Annual report of the Punjab Veterinary College and of the Civil Veterinary Department, Punjab - 1926-1932
Year: 1926
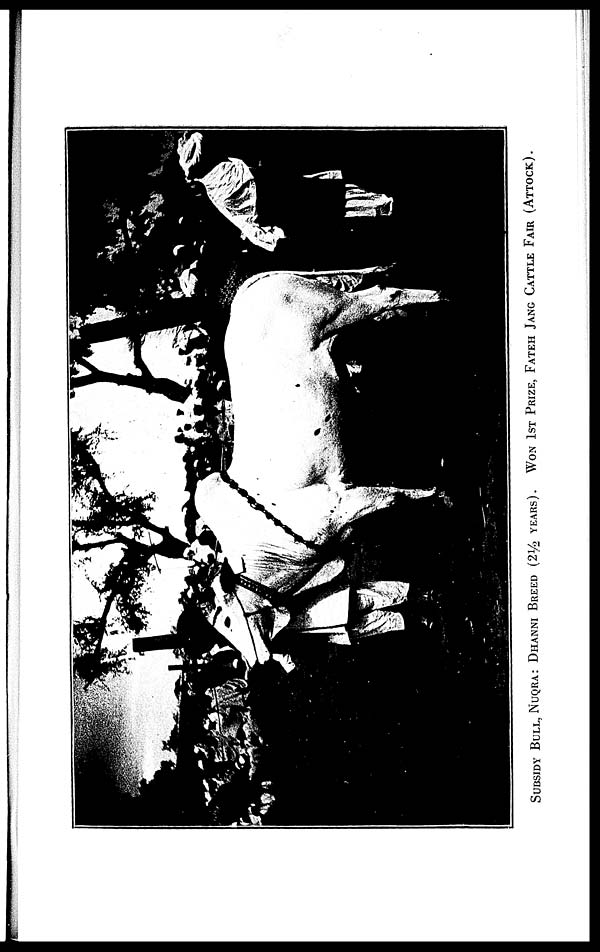
SUBSIDY BULL, NUQRA: DHANNI BREED (2½ YEARS). WON 1ST PRIZE, FATEH JANG CATTLE FAIR (ATTOCK).